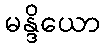
မန္ဒိယော